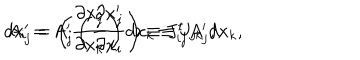
d x _ { j } ^ { \prime } = \left( \frac { \partial x _ { j } ^ { \prime } } { \partial x _ { k } } \right) d x _ { k } \equiv J _ { j k } \ d x _ { k } , \hspace { 1 c m } A _ { i } = A _ { j } ^ { \prime } \left( \frac { \partial x _ { j } ^ { \prime } } { \partial x _ { i } } \right) \equiv J _ { i j } ^ { t } A _ { j } ^ { \prime } ,